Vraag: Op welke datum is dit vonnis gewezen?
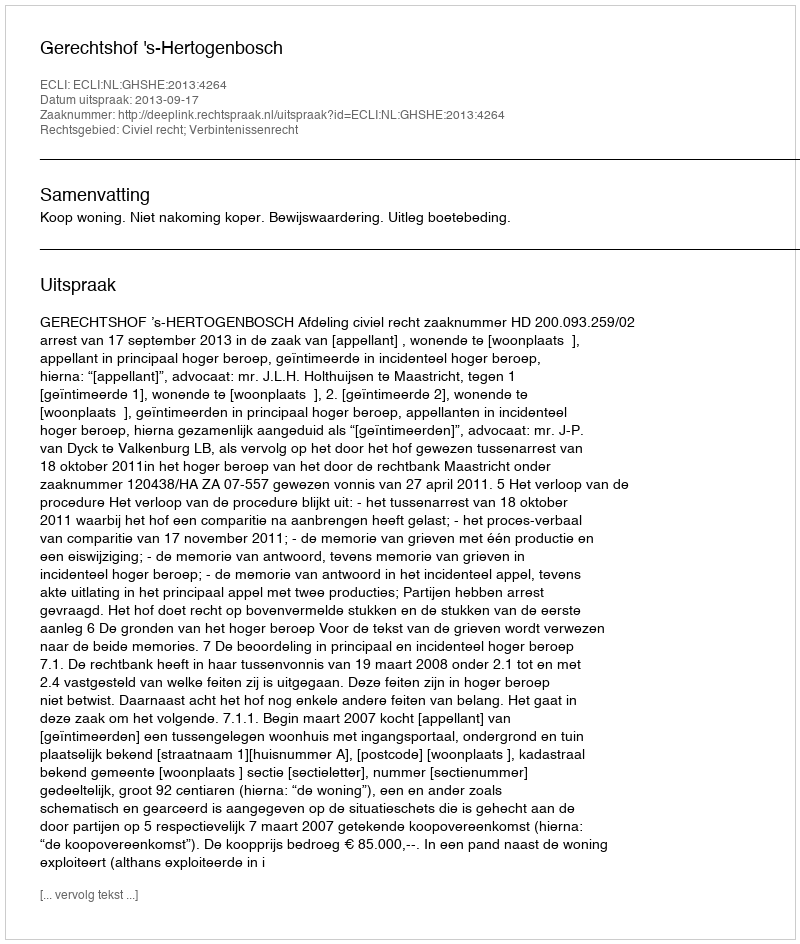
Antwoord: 2013-09-17